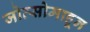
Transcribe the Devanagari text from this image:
जोत्सोमाहून